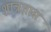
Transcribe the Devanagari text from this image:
शात्रज्ञास